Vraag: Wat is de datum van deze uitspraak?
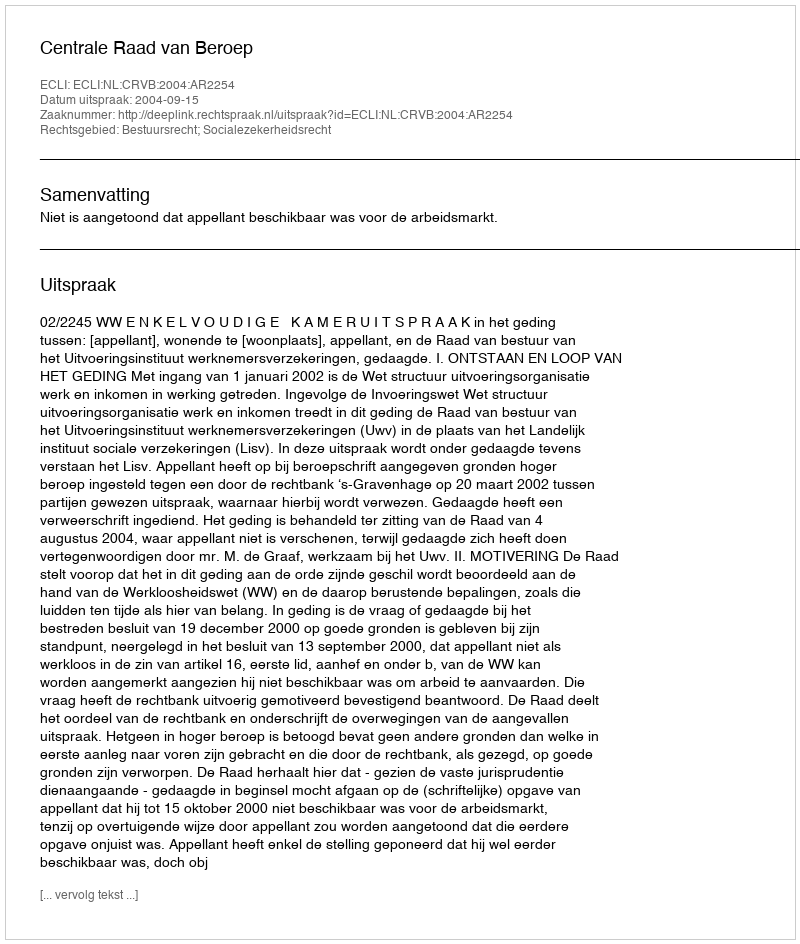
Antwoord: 2004-09-15